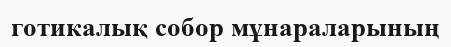
готикалық собор мұнараларының